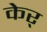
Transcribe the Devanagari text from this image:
केर्